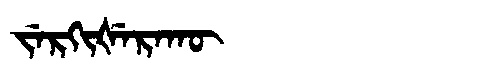
Manchu: ᠵᡝᡵᡴᡳᡧᡝᡵᠠᡴᡡ
Romanization: JERKIŠERAKŪ